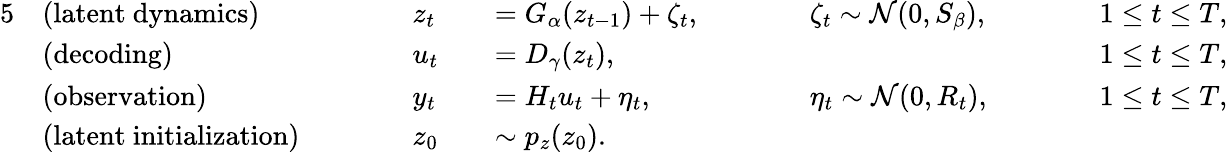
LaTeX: \begin{array}{rlrlrlrlrl}{{5}}&{\mathrm{(latent~dynamics)}}&&{\quad\quad z_{t}}&&{=G_{\alpha}(z_{t-1})+\zeta_{t},\quad\quad}&&{\zeta_{t}\sim\mathcal{N}(0,S_{\beta}),\quad\quad}&&{1\le t\le T,}\\ &{\mathrm{(decoding)}}&&{\quad\quad u_{t}}&&{=D_{\gamma}(z_{t}),\quad\quad}&&{\quad\quad}&&{1\le t\le T,}\\ &{\mathrm{(observation)}}&&{\quad\quad y_{t}}&&{=H_{t}u_{t}+\eta_{t},\quad\quad}&&{\eta_{t}\sim\mathcal{N}(0,R_{t}),\quad\quad}&&{1\le t\le T,}\\ &{\mathrm{(latent~initialization)}}&&{\quad\quad z_{0}}&&{\sim p_{z}(z_{0}).}\end{array}